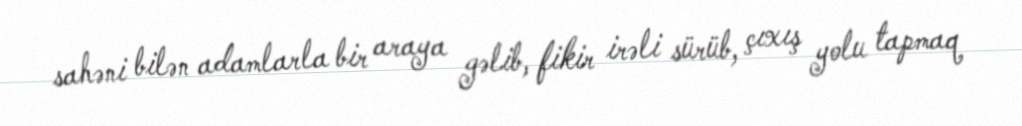
sahəni bilən adamlarla bir araya gəlib, fikir irəli sürüb, çıxış yolu tapmaq